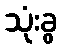
သုံးခွ